Rangoon Lunatic Asylum 1878-1892 - 1878-1892
Year: 1878
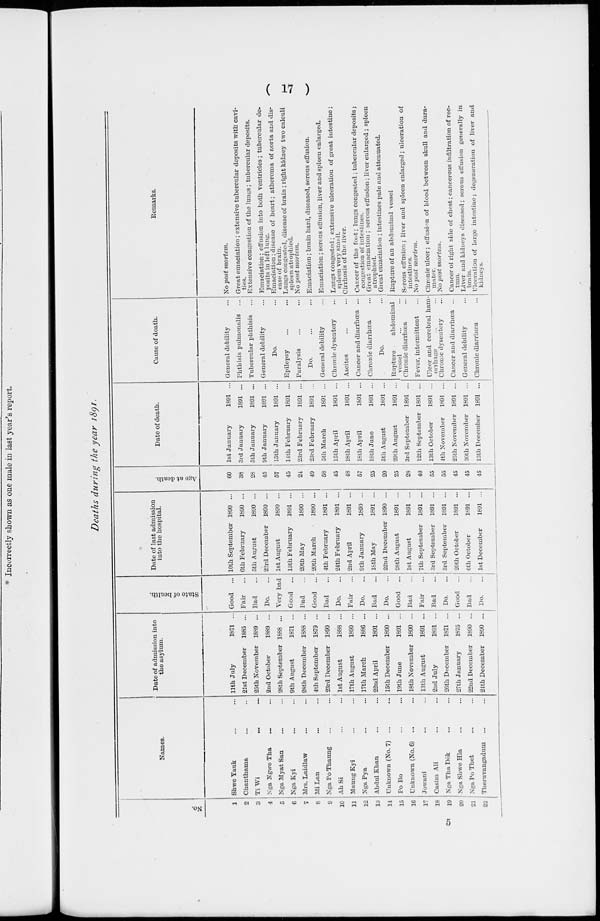
( 17 )
Deaths during the year 1891.
No.
1
2
3
4
5
6
7
8
9
10
11
12
13
14
15
16
17
18
19
20
21
22
Names.
Shwe Yauk ... ...
Chanthama ... ...
Ti Wi ... ...
Nga Ngwe Tha ... ...
Nga Myat San ... ...
Nga Kyi ... ...
Mrs. Laidlaw ... ...
Mi Lan ... ...
Nga Po Thaung ... ...
Ah Si ... ...
Maung Kyi ... ...
Nga Pya ... ...
Abdul Khan ... ...
Unknown (No. 7) ... ...
Po Bo ... ...
Unknown (No. 6) ... ...
Jowani ... ...
Casim Ali ... ...
Nga Tha Dôk ... ...
Nga Shwe Hla ... ...
Nga Po Thet ... ...
Theruvangadum ... ...
Date of admission into
the asylum.
11th July
21st December
25th November
2nd October
28th September
9th August
28th December
4th September
23rd December
1st August
17th August
17th March
22nd April
15th December
19th June
18th November
13th August
2nd July
26th December
27th January
22nd December
24th December
1871 ...
1885 ...
1889 ...
1889 ...
1888 ...
1871 ...
1888 ...
1879 ...
1890 ...
1888 ...
1890 ...
1886 ...
1891 ...
1890 ...
1891 ...
1890 ...
1891 ...
1891 ...
1871 ...
1875 ...
1890 ...
1890 ...
State of health.
Good
...
Fair ...
Bad ...
Do. ...
Very bad
Good ...
Bad ...
Good ...
Bad ...
Do. ...
Fair ...
Do. ...
Bad ...
Do. ...
Good
...
Bad ...
Fair ...
Bad ...
Do. ...
Good
...
Bad
...
Do.
...
Date of last admission
into the hospital.
10th September
6th February
5th August
23rd December
1st August
13th February
20th May
20th March
4th February
24th February
2nd April
9th January
18th May
22nd December
28th August
1st August
7th September
3rd September
3rd September
20th October
6th October
1st December
1890 ...
1890 ...
1890 ...
1890 ...
1890 ...
1891 ...
1890 ...
1890 ...
1891 ...
1891 ...
1891 ...
1890 ...
1891 ...
1890 ...
1891 ...
1891 ...
1891 ...
1891 ...
1891 ...
1891 ...
1891 ...
1891 ...
Age at death.
60
38
28
45
57
45
24
49
58
45
48
57
25
20
25
28
40
55
55
45
45
45
Date of death.
1st January
3rd January
5th January
9th January
15th January
14th February
23rd February
23rd February
5th March
15th April
18th April
18th April
18th June
5th August
29th August
3rd September
12th September
13th October
4th November
25th November
30th November
13th December
1891 ...
1891 ...
1891 ...
1891 ...
1891 ...
1891 ...
1891 ...
1891 ...
1891 ...
1891 ...
1891 ...
1891 ...
1891 ...
1891 ...
1891 ...
1891 ...
1891 ...
1891 ...
1891 ...
1891 ...
1891 ...
1891 ...
Cause of death.
General debility ...
Phthisis pulmonalis ...
Tubercular phthisis ...
General debility ...
Do. ...
Epilepsy ... ...
Paralysis ... ...
Do. ... ...
General debility ...
Chronic dysentery ...
Ascites ... ...
Cancer and diarrhœa ...
Chronic diarrhœa ...
Do. ...
Rupture abdominal
vessel ... ...
Chronic diarrhœa ...
Fever, intermittent
Ulcer and cerebral ham-
orrhage ... ...
Chronic dysentery ...
Cancer and diarrhœa ...
General debility ...
Chronic diarrhœa ...
Remarks.
No post mortem.
Great emaciation ; extensive tubercular deposits with cavi-
ties.
Extensive congestion of the lungs; tubercular deposits.
Emaciation; effusion into both ventricles; tubercular de-
posits in left lung.
Emaciation ; disease of heart; atheroma of aorta and dis-
ease of brain.
Lungs congested, disease of brain ; right kidney two calculi
spleen atrophied.
No post mortem.
Emaciation; brain hard, diseased, serous effusion.
Emaciation; serous effusion, liver and spleen enlarged.
Lungs congested; extensive ulceration of great intestine;
spleen very small.
Cirrhosis of the liver.
Cancer of the foot; lungs congested ; tubercular deposits;
congestion of intestines.
Great emaciation ; serous effusion; liver enlarged ; spleen
atrophied.
Great emaciation ; intestines pale and attenuated.
Rupture of an abdominal vessel
Serous effusion; liver and spleen enlarged; ulceration of
intestines.
No post mortem.
Chronic ulcer; effusion of blood between skull and dura-
mater.
No post mortem.
Cancer of right side of chest; cancerous infiltration of rec-
tum.
Liver and kidneys diseased ; serous effusion generally in
brain.
Ulceration of large intestine; degeneration of liver and
kidneys.
5